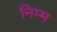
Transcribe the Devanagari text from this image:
निम्‍म